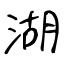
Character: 湖